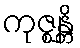
ကုဇ္ဈန္တိ